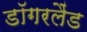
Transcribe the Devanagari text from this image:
डॉगरलैंड